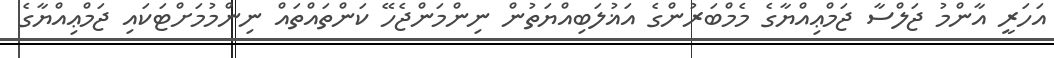
އަހަރީ އާންމު ޖަލްސާ ޖަމްޢިއްޔާގެ މެމްބަރުންގެ އަޣުލަބިއްޔަތުން ނިންމަންޖެހޭ ކަންތައްތައް ނިންމުމަށްޓަކައި ޖަމްޢިއްޔާގެ